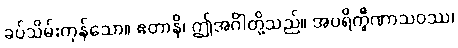
ခပ်သိမ်းကုန်သော။ ဧတာနိ၊ ဤအင်္ဂါတို့သည်။ အပရိက္ခီဏာသဝဿ၊